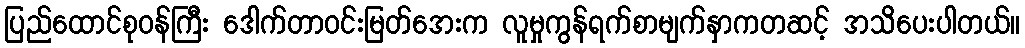
ပြည်ထောင်စုဝန်ကြီး ဒေါက်တာဝင်းမြတ်အေးက လူမှုကွန်ရက်စာမျက်နှာကတဆင့် အသိပေးပါတယ်။